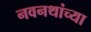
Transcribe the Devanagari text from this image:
नवनथांच्या